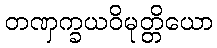
တဏှက္ခယဝိမုတ္တိယော